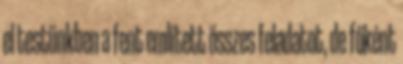
el testünkben a fent említett összes feladatot, de főként